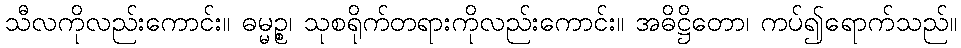
သီလကိုလည်းကောင်း။ ဓမ္မဉ္စ၊ သုစရိုက်တရားကိုလည်းကောင်း။ အဓိဋ္ဌိတော၊ ကပ်၍ရောက်သည်။